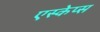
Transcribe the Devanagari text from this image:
एस्केप्स